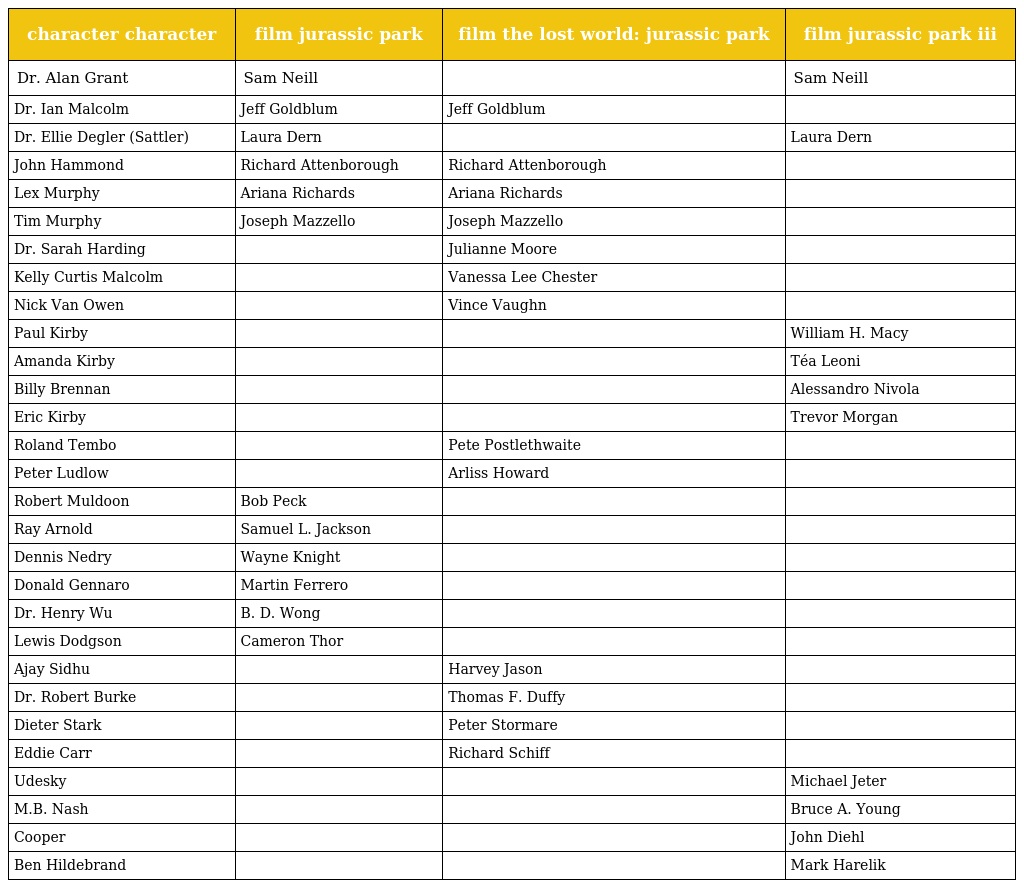
| character character | film jurassic park | film the lost world: jurassic park | film jurassic park iii |
 | --- | --- | --- | --- |
 | Dr. Alan Grant | Sam Neill |  | Sam Neill |
 | Dr. Ian Malcolm | Jeff Goldblum | Jeff Goldblum |  |
 | Dr. Ellie Degler (Sattler) | Laura Dern |  | Laura Dern |
 | John Hammond | Richard Attenborough | Richard Attenborough |  |
 | Lex Murphy | Ariana Richards | Ariana Richards |  |
 | Tim Murphy | Joseph Mazzello | Joseph Mazzello |  |
 | Dr. Sarah Harding |  | Julianne Moore |  |
 | Kelly Curtis Malcolm |  | Vanessa Lee Chester |  |
 | Nick Van Owen |  | Vince Vaughn |  |
 | Paul Kirby |  |  | William H. Macy |
 | Amanda Kirby |  |  | Téa Leoni |
 | Billy Brennan |  |  | Alessandro Nivola |
 | Eric Kirby |  |  | Trevor Morgan |
 | Roland Tembo |  | Pete Postlethwaite |  |
 | Peter Ludlow |  | Arliss Howard |  |
 | Robert Muldoon | Bob Peck |  |  |
 | Ray Arnold | Samuel L. Jackson |  |  |
 | Dennis Nedry | Wayne Knight |  |  |
 | Donald Gennaro | Martin Ferrero |  |  |
 | Dr. Henry Wu | B. D. Wong |  |  |
 | Lewis Dodgson | Cameron Thor |  |  |
 | Ajay Sidhu |  | Harvey Jason |  |
 | Dr. Robert Burke |  | Thomas F. Duffy |  |
 | Dieter Stark |  | Peter Stormare |  |
 | Eddie Carr |  | Richard Schiff |  |
 | Udesky |  |  | Michael Jeter |
 | M.B. Nash |  |  | Bruce A. Young |
 | Cooper |  |  | John Diehl |
 | Ben Hildebrand |  |  | Mark Harelik |